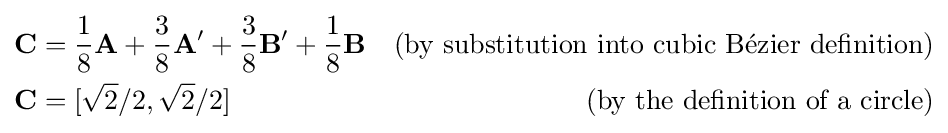
{\begin{aligned}\mathbf {C} &={\frac {1}{8}}\mathbf {A} +{\frac {3}{8}}\mathbf {A'} +{\frac {3}{8}}\mathbf {B'} +{\frac {1}{8}}\mathbf {B} &{\text{(by substitution into cubic Bézier definition)}}\\\mathbf {C} &=[{\sqrt {2}}/2,{\sqrt {2}}/2]&{\text{(by the definition of a circle)}}\end{aligned}}